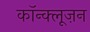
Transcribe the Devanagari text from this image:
कॉन्क्लूज़न